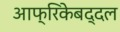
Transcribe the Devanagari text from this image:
आफ्रिकेबद्दल